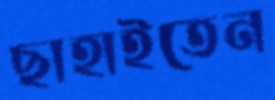
ছাহাইতেন